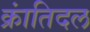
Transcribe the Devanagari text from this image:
क्रांतिदल